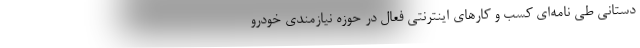
دستانی طی نامه‌ای کسب و کارهای اینترنتی فعال در حوزه نیازمندی خودرو